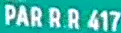
PÅR R R 417